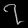
Digit: ၇